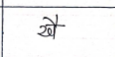
मजकूर: खै